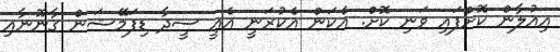
އިއުލާން ކޮށްފައި ވަނި ކޮށް. އެކަން އެކުރަނީ އެއީ ސީދާ ޑިފަމޭޝަން ގާނޫނާއި